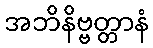
အဘိနိဗ္ဗတ္တာနံ